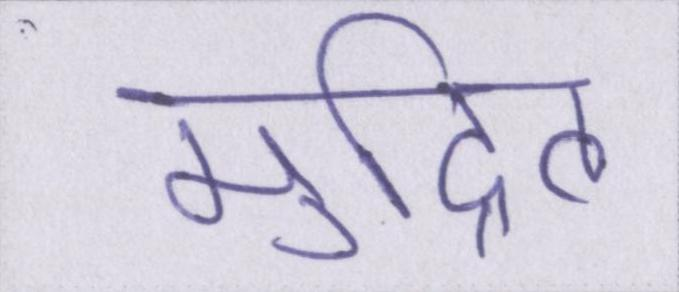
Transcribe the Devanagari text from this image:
मुद्रित